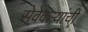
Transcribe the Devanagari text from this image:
सेवेकऱ्यांची